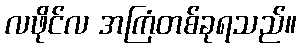
လဖိုင်လ အကြံတစ်ခုရသည်။